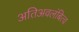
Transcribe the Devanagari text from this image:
अतिअवलंबित्व